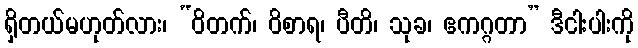
ရှိတယ်မဟုတ်လား၊ “ဝိတက်၊ ဝိစာရ၊ ပီတိ၊ သုခ၊ ဧကဂ္ဂတာ” ဒီငါးပါးကို